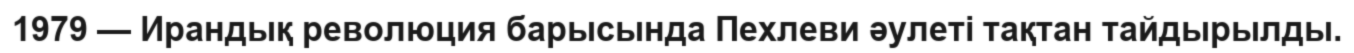
1979 — Ирандық революция барысында Пехлеви әулеті тақтан тайдырылды.